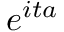
\! \, e ^ { i t a }